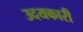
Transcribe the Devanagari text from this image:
उदयकारी